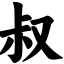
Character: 叔